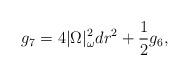
LaTeX: \begin{align*} g_7 = 4|\Omega|_\omega^2 dr^2 + \frac{1}{2} g_6,\end{align*}